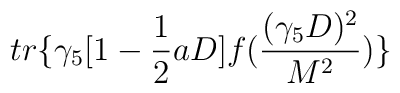
tr\{\gamma_{5}[1-\frac{1}{2}aD]f(\frac{(\gamma_{5}D)^{2}}{M^{2}})\}